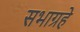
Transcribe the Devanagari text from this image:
सभाग्रहे